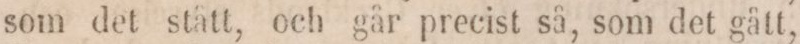
som det stått, och går precist så, som det gått,